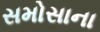
સમોસાના